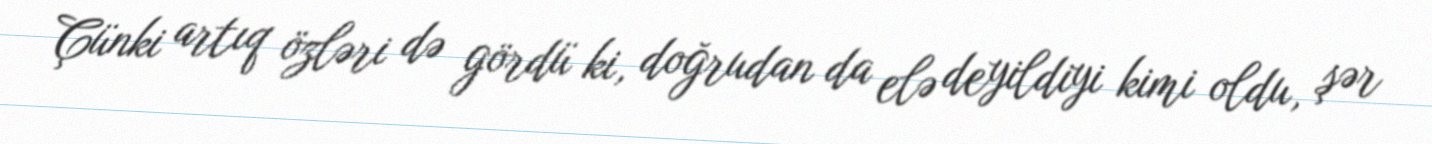
Çünki artıq özləri də gördü ki, doğrudan da elə deyildiyi kimi oldu, şər